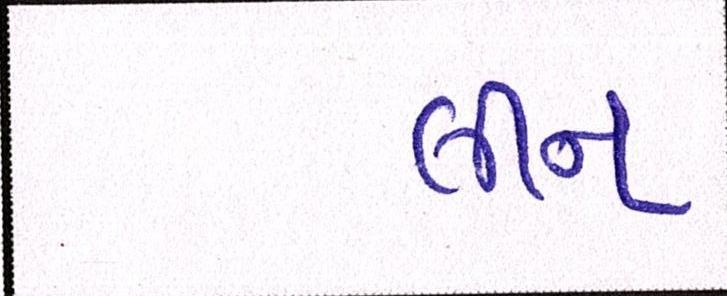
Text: લીન